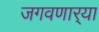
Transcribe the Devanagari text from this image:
जगवणार्‍या